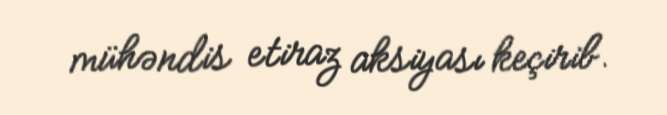
mühəndis etiraz aksiyası keçirib.